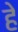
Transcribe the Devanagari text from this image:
हे